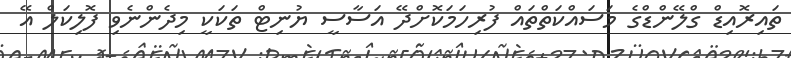
ތައިރޮއިޑް ގްލޭންޑްގެ މަސައްކަތްތައް ފުރިހަމަކޮށްދޭ އަސާސީ ޔުނިޓް ތަކަކީ މިދެންނެވި ފޮލިކަލް އޭ